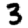
Digit: 3